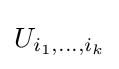
U_{i_{1},\dots ,i_{k}}